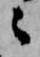
々